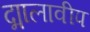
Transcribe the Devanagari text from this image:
द्मालावीप